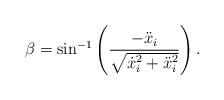
LaTeX: \begin{align*}\beta = \sin^{-1} \left( \frac{-\ddot{x}_i }{\sqrt{\dot{x}_i^2+\ddot{x}_i^2}} \right).\end{align*}